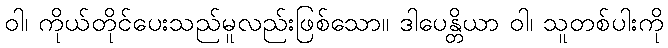
ဝါ၊ ကိုယ်တိုင်ပေးသည်မူလည်းဖြစ်သော။ ဒါပေန္တိယာ ဝါ၊ သူတစ်ပါးကို